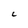
Character: C